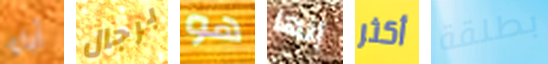
آباء برجال هو إنها أكثر بطلقة